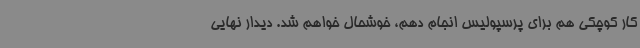
کار کوچکی هم برای پرسپولیس انجام دهم، خوشحال خواهم شد. دیدار نهایی